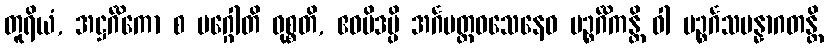
တူရိယံ, အဋ္ဌင်္ဂိကော စ မဂ္ဂေါတိ ဝုစ္စတိ, ဧဝမိဒမ္ပိ အင်္ဂမတ္တဝသေနေဝ ပဉ္စင်္ဂိကန္တိ ဝါ ပဉ္စင်္ဂသမန္နာဂတန္တိ